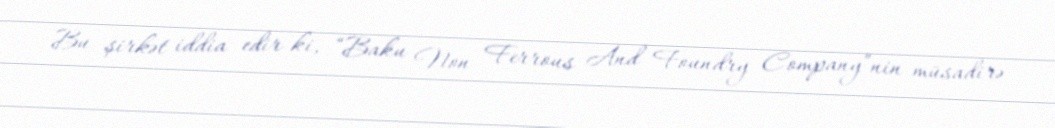
Bu şirkət iddia edir ki, “Baku Non Ferrous And Foundry Company”nin müsadirə